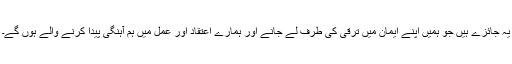
یہ جائزے ہیں جو ہمیں اپنے ایمان میں ترقی کی طرف لے جانے اور ہمارے اعتقاد اور عمل میں ہم آہنگی پیدا کرنے والے ہوں گے۔